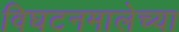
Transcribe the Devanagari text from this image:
विघटनमालेच्या